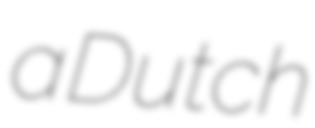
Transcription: a Dutch